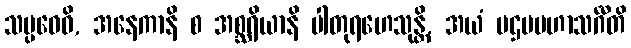
သမ္ပဝေဓိ, အနေကာနိ စ အစ္ဆရိယာနိ ပါတုရဟေသုန္တိ, အယံ ပဌမမဟာသင်္ဂီတိ